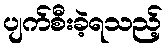
ပျက်စီးခဲ့ရသည့်